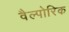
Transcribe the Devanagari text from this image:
वैल्पोरिक